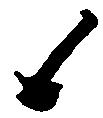
候